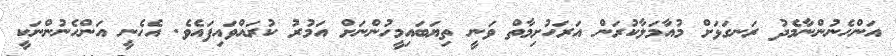
އަންހެނުންނާމެދު ރަނގަޅަށް މުއާމަލާކުރަން އަރަހުށިމާތް ވަނީ ތިޔަބައިމީހުންނަށް އަމުރު ކުރައްވައިފައެވެ. އެހެނީ އަންހެނުންނަކީ